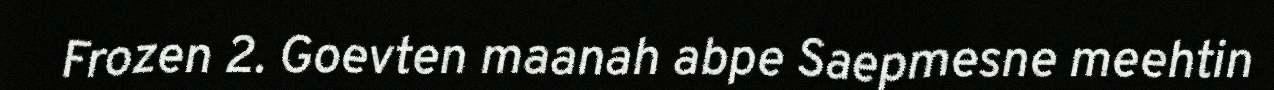
Frozen 2. Goevten maanah abpe Saepmesne meehtin